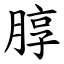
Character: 朜